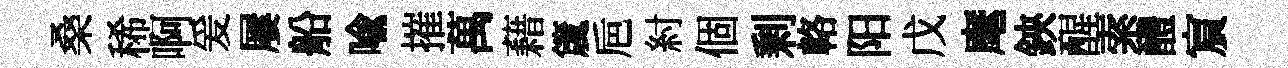
桑稀啊爰屢船喻摧萬藉𥵂巵紂個剰輅阳戊麾鋏醒索醴賔